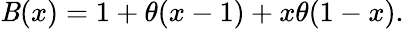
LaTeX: \mathit{B}(x)=1+\theta(x-1)+x\theta(1-x).